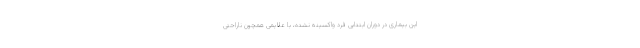
این بیماری در دوران ابتدایی فرد واکسینه نشده، با علایمی همچون ناراحتی